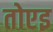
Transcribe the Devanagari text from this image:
तोएइ